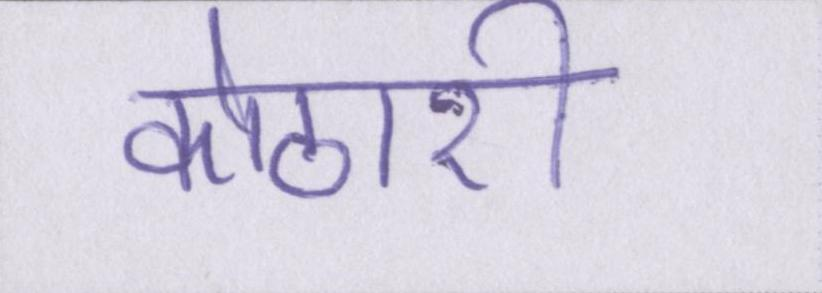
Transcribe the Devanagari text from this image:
कोठारी